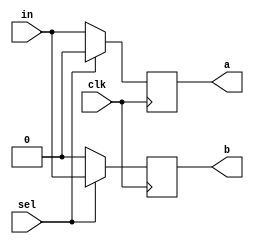
module DMux(in,sel,clk,a,b);
	input in,sel,clk;
	output reg a,b;

	always @(posedge(clk))
	begin
		a=(sel)?0:in;
		b=(sel)?in:0;
	end
endmodule

module stimulus();
	reg in,sel,clk;
	wire a,b;

	//Instantiate the object
	DMux t1(in,sel,clk,a,b);

	initial 
	begin
		$dumpfile("DMux.vcd");
		$dumpvars();
	end

	initial 
	begin
		clk=1'b0;
	end
	always
	begin
		#5 clk=~clk;
	end
	
	initial 
	begin
		in=0;sel=0;
		#40 in=0;sel=1;
		#40 in=1;sel=1;
		#40 in=1;sel=0;
		$finish;
	end

endmodule